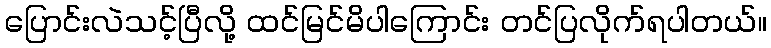
ပြောင်းလဲသင့်ပြီလို့ ထင်မြင်မိပါကြောင်း တင်ပြလိုက်ရပါတယ်။